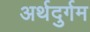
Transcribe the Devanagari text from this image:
अर्थदुर्गम